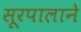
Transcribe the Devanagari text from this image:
सूरपालाने